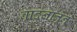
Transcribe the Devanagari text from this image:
वादनातून